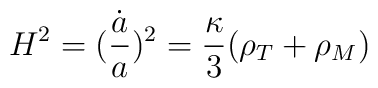
H^2=(\frac{\dot{a}}{a})^2=\frac{\kappa}{3}(\rho_T+\rho_M)